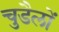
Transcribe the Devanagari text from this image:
चुडैलों